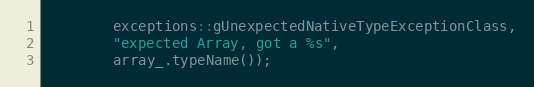
Language: C++
        exceptions::gUnexpectedNativeTypeExceptionClass,
        "expected Array, got a %s",
        array_.typeName());